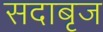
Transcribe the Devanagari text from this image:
सदाबृज